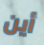
أين